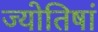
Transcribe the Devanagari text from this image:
ज्योतिषां